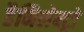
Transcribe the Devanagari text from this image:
डैनिलेक्ट्रो